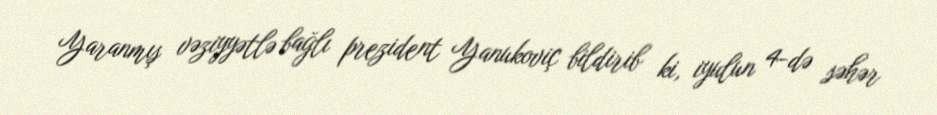
Yaranmış vəziyyətlə bağlı prezident Yanukoviç bildirib ki, iyulun 4-də səhər